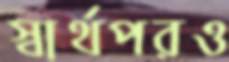
স্বার্থপরও